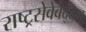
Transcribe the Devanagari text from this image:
राष्ट्रसेवेबद्दल